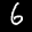
Label: 6